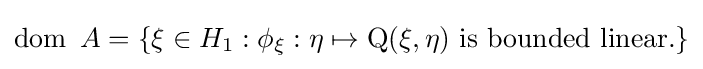
\operatorname {dom} \ A=\{\xi \in H_{1}:\phi _{\xi }:\eta \mapsto \operatorname {Q} (\xi ,\eta ){\mbox{ is bounded linear.}}\}